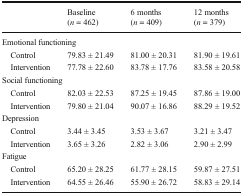
<table><thead><tr><td></td><td><b>Baseline(<i>n</i> = 462)</b></td><td><b>6 months(<i>n</i> = 409)</b></td><td><b>12 months(<i>n</i> = 379)</b></td></tr></thead><tbody><tr><td colspan="4">Emotional functioning</td></tr><tr><td> Control</td><td>79.83 ± 21.49</td><td>81.00 ± 20.31</td><td>81.90 ± 19.61</td></tr><tr><td> Intervention</td><td>77.78 ± 22.60</td><td>83.78 ± 17.76</td><td>83.58 ± 20.58</td></tr><tr><td colspan="4">Social functioning</td></tr><tr><td> Control</td><td>82.03 ± 22.53</td><td>87.25 ± 19.45</td><td>87.86 ± 19.00</td></tr><tr><td> Intervention</td><td>79.80 ± 21.04</td><td>90.07 ± 16.86</td><td>88.29 ± 19.52</td></tr><tr><td colspan="4">Depression</td></tr><tr><td> Control</td><td>3.44 ± 3.45</td><td>3.53 ± 3.67</td><td>3.21 ± 3.47</td></tr><tr><td> Intervention</td><td>3.65 ± 3.26</td><td>2.82 ± 3.06</td><td>2.90 ± 2.99</td></tr><tr><td colspan="4">Fatigue</td></tr><tr><td> Control</td><td>65.20 ± 28.25</td><td>61.77 ± 28.15</td><td>59.87 ± 27.51</td></tr><tr><td> Intervention</td><td>64.55 ± 26.46</td><td>55.90 ± 26.72</td><td>58.83 ± 29.14</td></tr></tbody></table>